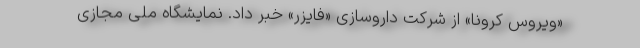
«ویروس کرونا» از شرکت داروسازی «فایزر» خبر داد. نمایشگاه ملی مجازی